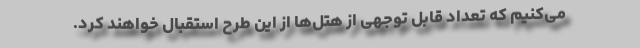
می‌کنیم که تعداد قابل توجهی از هتل‌ها از این طرح استقبال خواهند کرد.